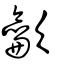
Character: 龡